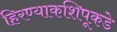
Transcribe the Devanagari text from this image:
हिरण्याकशिपूकडे